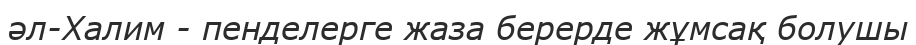
әл-Халим - пенделерге жаза берерде жұмсақ болушы